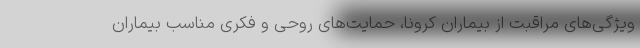
ویژگی‌های مراقبت از بیماران کرونا، حمایت‌های روحی و فکری مناسب بیماران